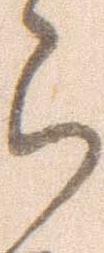
ら